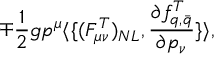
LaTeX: \mp \frac { 1 } { 2 } g p ^ { \mu } \langle \{ ( F _ { \mu \nu } ^ { T } ) _ { N L } , \frac { \partial f _ { q , \bar { q } } ^ { T } } { \partial p _ { \nu } } \} \rangle ,